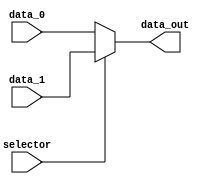
module mux_Low(

    input  wire        selector,
    input  wire [31:0] data_0,
    input  wire [31:0] data_1,
    output wire [31:0] data_out

);

assign data_out = (selector) ? data_1 : data_0;

endmodule